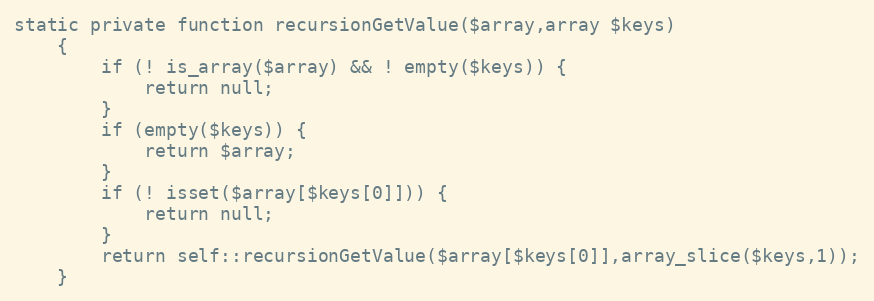
Language: PHP
static private function recursionGetValue($array,array $keys)
    {
        if (! is_array($array) && ! empty($keys)) {
            return null;
        }
        if (empty($keys)) {
            return $array;
        }
        if (! isset($array[$keys[0]])) {
            return null;
        }
        return self::recursionGetValue($array[$keys[0]],array_slice($keys,1));
    }